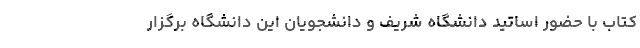
کتاب با حضور اساتیدِ دانشگاه شریف و دانشجویانِ این دانشگاه برگزار